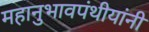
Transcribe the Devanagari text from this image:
महानुभावपंथीयांनी